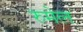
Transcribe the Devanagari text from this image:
रुमेल